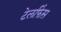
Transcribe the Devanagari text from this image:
टेलफिंस